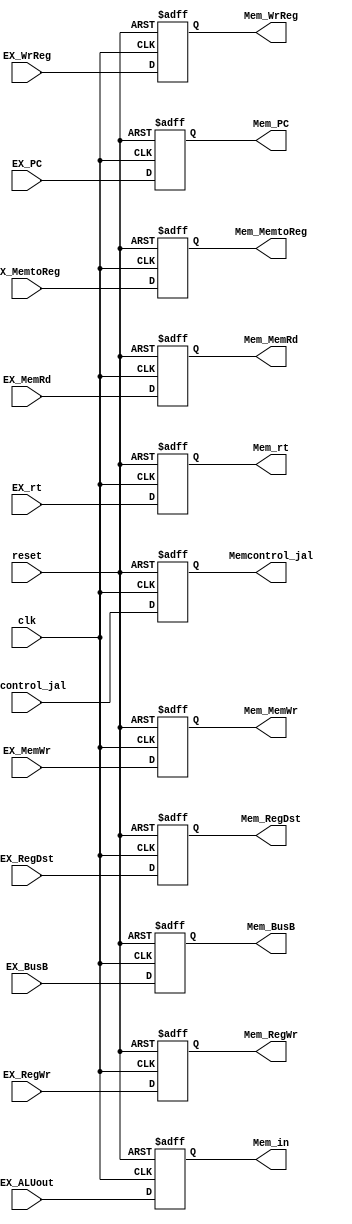
module EXMEM_reg(clk,reset,
                 EX_ALUout,Mem_in,
                 EX_MemWr,Mem_MemWr,
                 EX_MemRd,Mem_MemRd,
                 EX_BusB,Mem_BusB,
                 EX_RegWr,Mem_RegWr,
                 EX_MemtoReg,Mem_MemtoReg,
                 EX_RegDst,Mem_RegDst,
                 EX_WrReg,Mem_WrReg,
                 EX_PC,Mem_PC,
                 EX_rt,Mem_rt,
                 EXcontrol_jal,Memcontrol_jal);
input clk,reset,EX_MemWr,EX_MemRd,EX_RegWr;
input[31:0]EX_ALUout,EX_BusB;
input [30:0]EX_PC;
input[1:0]EX_MemtoReg,EX_RegDst;
input[4:0]EX_WrReg,EX_rt;
input EXcontrol_jal;
output reg Memcontrol_jal;
output reg[4:0]Mem_WrReg,Mem_rt;
output reg[1:0]Mem_MemtoReg,Mem_RegDst;
output reg Mem_MemWr,Mem_MemRd,Mem_RegWr;
output reg [31:0]Mem_in,Mem_BusB;
output reg [30:0] Mem_PC;

always@(posedge clk or posedge reset) begin
    if(reset) begin
        Mem_MemWr<=0;
        Mem_MemRd<=0;
        Mem_in<=0;
        Mem_BusB<=0;
        Mem_MemtoReg<=0;
        Mem_WrReg<=0;
        Mem_RegWr<=0;
        Mem_RegDst<=0;
        Mem_PC<=31'b0;
        Mem_rt<=0;
        Memcontrol_jal<=0;
    end
    else begin
        Mem_MemWr<=EX_MemWr;
        Mem_MemRd<=EX_MemRd;
        Mem_in<=EX_ALUout;
        Mem_BusB<=EX_BusB;
        Mem_MemtoReg<=EX_MemtoReg;
        Mem_WrReg<=EX_WrReg;
        Mem_RegWr<=EX_RegWr;
        Mem_RegDst<=EX_RegDst;
        Mem_PC<=EX_PC;
        Mem_rt<=EX_rt;
        Memcontrol_jal<=EXcontrol_jal;
    end
end
endmodule